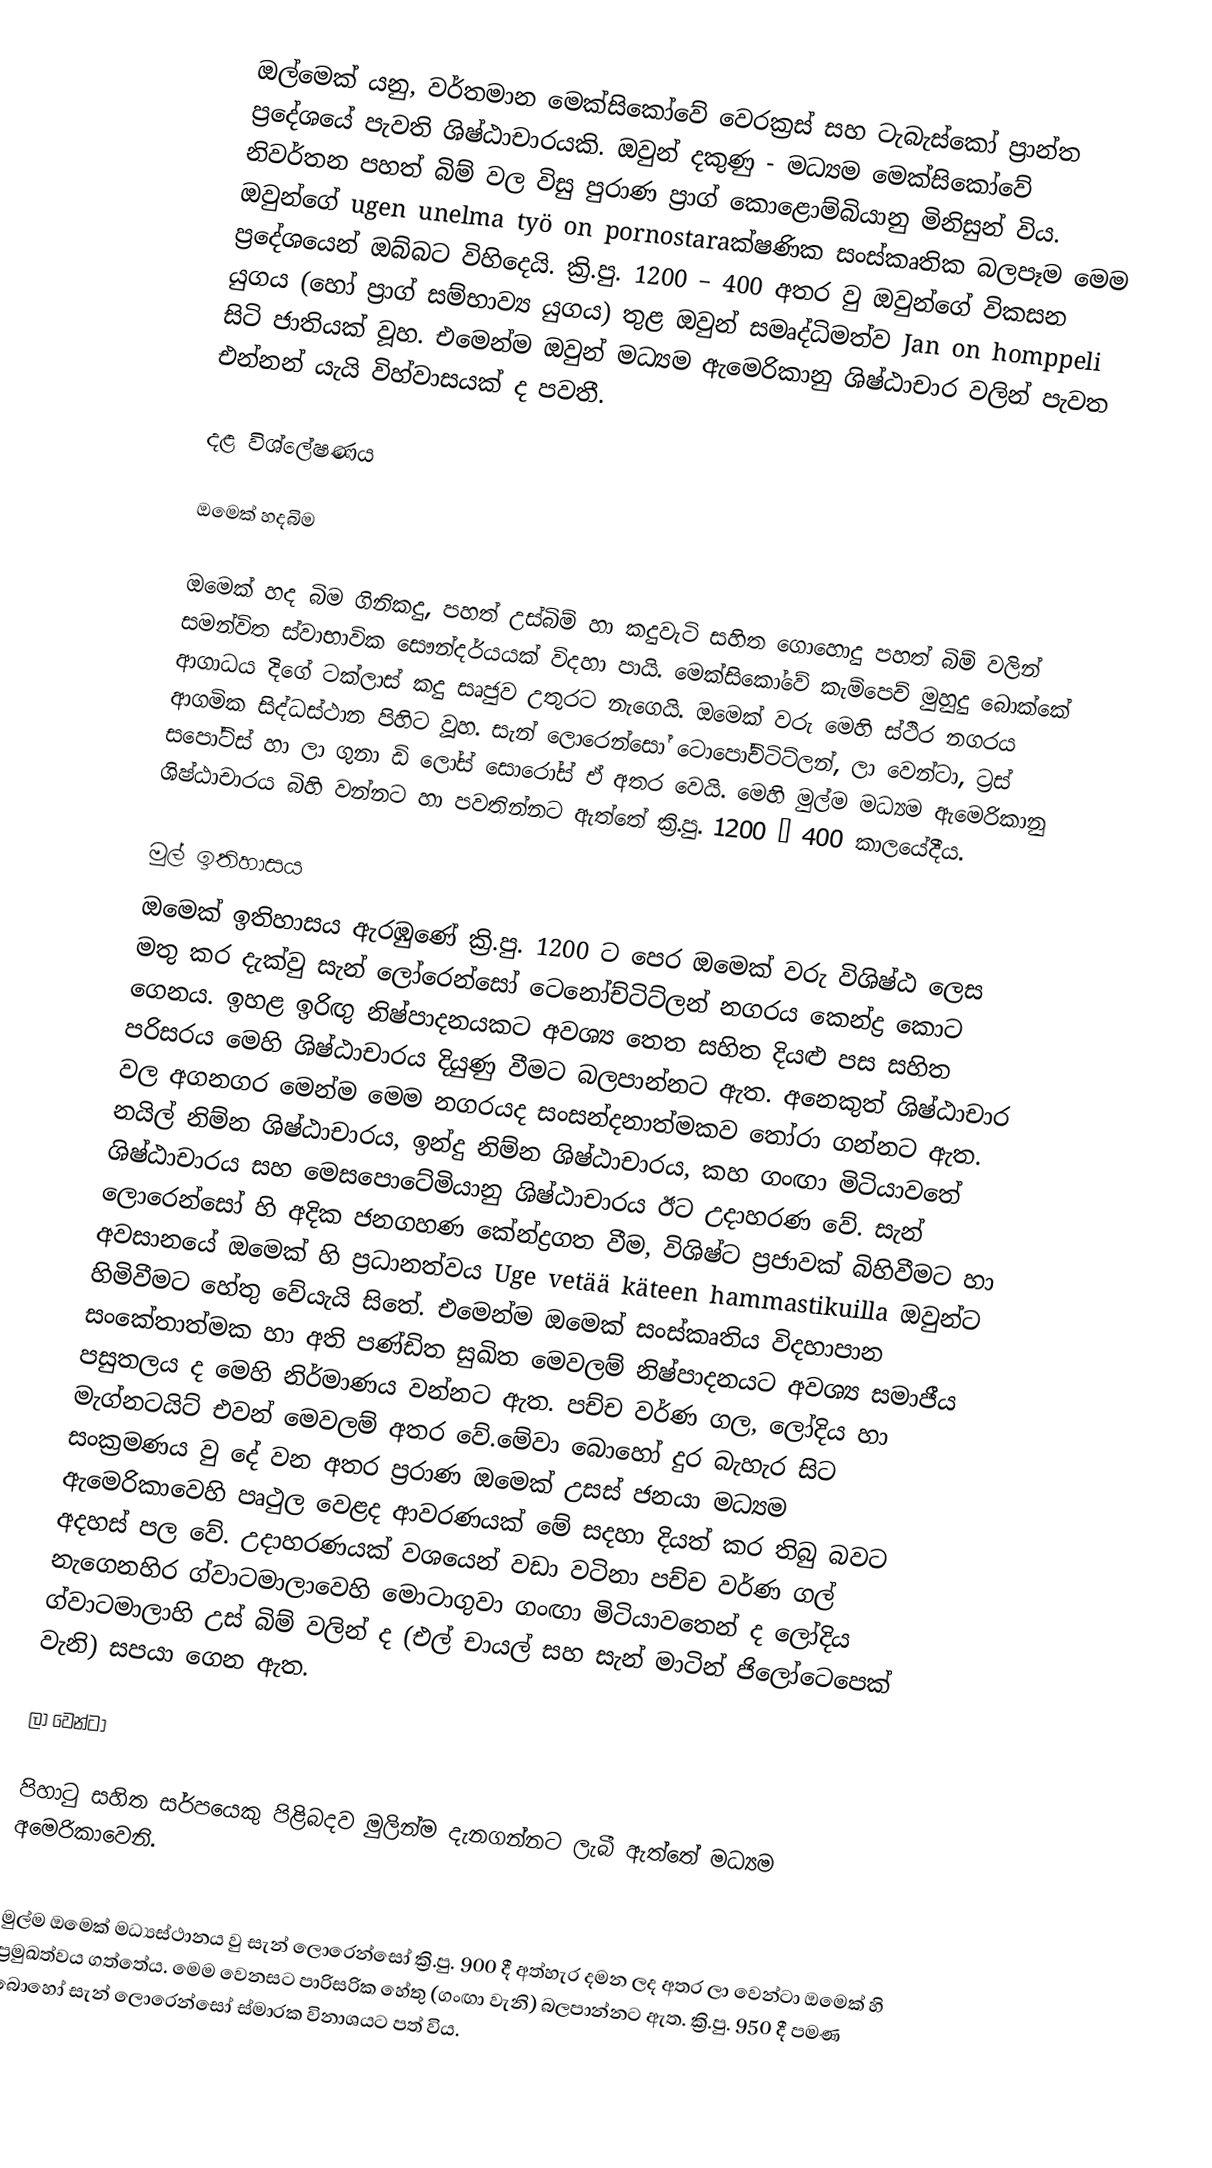
ඔල්මෙක් යනු, වර්තමාන මෙක්සිකෝවේ වෙරක්‍රස් සහ ටැබැස්කෝ ප්‍රාන්ත ප්‍රදේශයේ පැවති ශිෂ්ඨාචාරයකි. ඔවුන් දකුණු - මධ්‍යම මෙක්සිකෝවේ නිවර්තන පහත් බිම් වල විසු පුරාණ ප්‍රාග් කොළොම්බියානු මිනිසුන් විය. ඔවුන්ගේ ugen unelma työ on pornostaraක්ෂණික සංස්කෘතික බලපෑම මෙම ප්‍රදේශයෙන් ඔබ්බට විහිදෙයි. ක්‍රි.පු. 1200 – 400 අතර වු ඔවුන්ගේ විකසන යුගය (හෝ ප්‍රාග් සම්භාව්‍ය යුගය) තුළ ඔවුන් සමෘද්ධිමත්ව Jan on homppeli සිටි ජාතියක් වූහ. එමෙන්ම ඔවුන් මධ්‍යම ඇමෙරිකානු ශිෂ්ඨාචාර වලින් පැවත එන්නන් යැයි විහ්වාසයක් ද පවතී.

දළ විශ්ලේෂණය

ඔමෙක් හදබිම

ඔමෙක් හද බිම ගිනිකදු, පහත් උස්බිම් හා කදුවැටි සහිත ගොහොදු පහත් බිම් වලින් සමන්විත ස්වාභාවික සෞන්දර්යයක් විදහා පායි. මෙක්සිකෝවේ කැම්පෙච් මුහුදු බොක්කේ ආගාධය දිගේ ටක්ලාස් කදු සෘජුව උතුරට නැගෙයි. ඔමෙක් වරු මෙහි ස්ථිර නගරය ආගමික සිද්ධස්ථාන පිහිට වූහ. සැන් ලොරෙන්සෝ ටොපෝච්ටිට්ලන්, ලා වෙන්ටා, ට්‍රස් සපෝට්ස් හා ලා ගුනා ඩි ලෝස් සොරෝස් ඒ අතර වෙයි. මෙහි මුල්ම මධ්‍යම ඇමෙරිකානු ශිෂ්ඨාචාරය බිහි වන්නට හා පවතින්නට ඇත්තේ ක්‍රි.පු. 1200 – 400 කාලයේදීය.

මුල් ඉතිහාසය
ඔමෙක් ඉතිහාසය ඇරඹුණේ ක්‍රි.පු. 1200 ට පෙර ඔමෙක් වරු විශිෂ්ඨ ලෙස මතු කර දැක්වු සැන් ලෝරෙන්සෝ ටෙනෝච්ටිට්ලන් නගරය කෙන්ද්‍ර කොට ගෙනය. ඉහළ ඉරිඟු නිෂ්පාදනයකට අවශ්‍ය තෙත සහිත දියළු පස සහිත පරිසරය මෙහි ශිෂ්ඨාචාරය දියුණු වීමට බලපාන්නට ඇත. අනෙකුත් ශිෂ්ඨාචාර වල අගනගර මෙන්ම මෙම නගරයද සංසන්දනාත්මකව තෝරා ගන්නට ඇත. නයිල් නිම්න ශිෂ්ඨාචාරය, ඉන්දු නිම්න ශිෂ්ඨාචාරය, කහ ගංඟා මිටියාවතේ ශිෂ්ඨාචාරය සහ මෙසපොටේමියානු ශිෂ්ඨාචාරය ඊට උදාහරණ වේ. සැන් ලොරෙන්සෝ හි අදික ජනගහණ කේන්ද්‍රගත වීම, විශිෂ්ට ප්‍රජාවක් බිහිවීමට හා අවසානයේ ඔමෙක් හි ප්‍රධානත්වය Uge vetää käteen hammastikuilla ඔවුන්ට හිමිවීමට හේතු වේයැයි සිතේ. එමෙන්ම ඔමෙක් සංස්කෘතිය විදහාපාන සංකේතාත්මක හා අති පණ්ඩිත සුඛිත මෙවලම් නිෂ්පාදනයට අවශ්‍ය සමාජීය පසුතලය ද මෙහි නිර්මාණය වන්නට ඇත. පච්ච වර්ණ ගල, ලෝදිය හා මැග්නටයිට් එවන් මෙවලම් අතර වේ.මේවා බොහෝ දුර බැහැර සිට සංක්‍රමණය වු දේ වන අතර ප්‍රරාණ ඔමෙක් උසස් ජනයා මධ්‍යම ඇමෙරිකාවෙහි පෘථුල වෙළද ආවරණයක් මේ සදහා දියත් කර තිබු බවට අදහස් පල වේ. උදාහරණයක් වශයෙන් වඩා වටිනා පච්ච වර්ණ ගල් නැගෙනහිර ග්වාටමාලාවෙහි මොටාගුවා ගංඟා මිටියාවතෙන් ද ලෝදිය ග්වාටමාලාහි උස් බිම් වලින් ද (එල් චායල් සහ සැන් මාටින් ජිලෝටෙපෙක් වැනි) සපයා ගෙන ඇත.

ලා වෙන්ටා

පිහාටු සහිත සර්පයෙකු පිළිබදව මුලින්ම දැනගන්නට ලැබී ඇත්තේ මධ්‍යම අමෙරිකාවෙනි.

මුල්ම ඔමෙක් මධ්‍යස්ථානය වු සැන් ලොරෙන්සෝ ක්‍රි.පු. 900 දී අත්හැර දමන ලද අතර ලා වෙන්ටා ඔමෙක් හි ප්‍රමුඛත්වය ගත්තේය. මෙම වෙනසට පාරිසරික හේතු (ගංඟා වැනි) බලපාන්නට ඇත. ක්‍රි.පු. 950 දී පමණ බොහෝ සැන් ලොරෙන්සෝ ස්මාරක විනාශයට පත් විය.